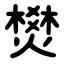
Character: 燓